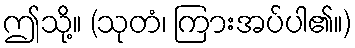
ဤသို့။ (သုတံ၊ ကြားအပ်ပါ၏။)